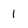
Character: 1